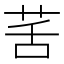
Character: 䒷